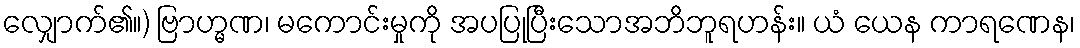
လျှောက်၏။) ဗြာဟ္မဏ၊ မကောင်းမှုကို အပပြုပြီးသောအဘိဘူရဟန်း။ ယံ ယေန ကာရဏေန၊